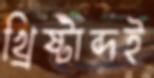
খ্রিষ্টাব্দই